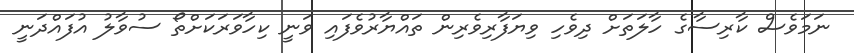
ނަމަވެސް ކާރިސާގެ ހާލަތަށް ދިވެހި ވިޔަފާރިވެރިން ތައްޔާރުވެފައި ވަނީ ކިހާވަރަކަށްތޯ ސުވާލު އުފައްދަނީ